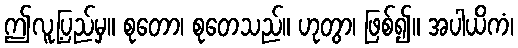
ဤလူ့ပြည်မှ။ စုတော၊ စုတေသည်။ ဟုတွာ၊ ဖြစ်၍။ အပါယိကံ၊